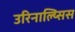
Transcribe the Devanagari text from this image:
उरिनाल्य्सिस